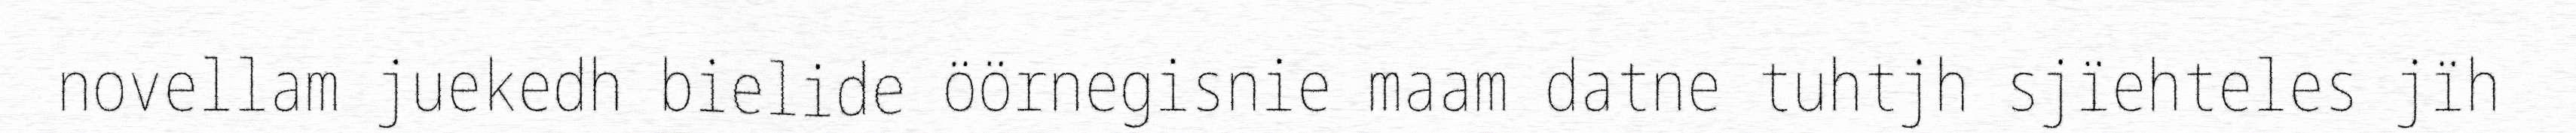
novellam juekedh bielide öörnegisnie maam datne tuhtjh sjïehteles jïh